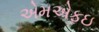
એમએફઇ